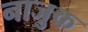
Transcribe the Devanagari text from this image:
नाजु़क